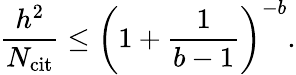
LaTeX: \frac{h^{2}}{N_{\mathrm{cit}}}\leq\left(1+\frac{1}{b-1}\right)^{-b}.